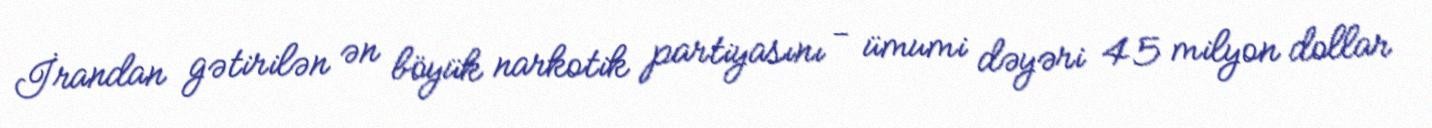
İrandan gətirilən ən böyük narkotik partiyasını - ümumi dəyəri 45 milyon dollar